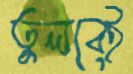
তুলবেই